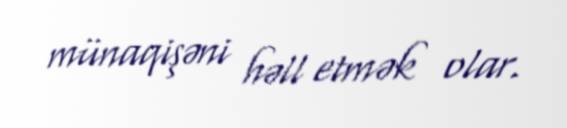
münaqişəni həll etmək olar.